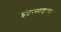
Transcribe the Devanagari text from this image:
इंटरस्पाइनस